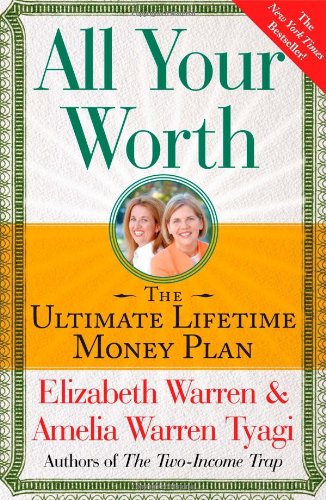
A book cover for All Your Worth: The Ultimate Lifetime Money Plan; Elizabeth Warren; Business & Money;